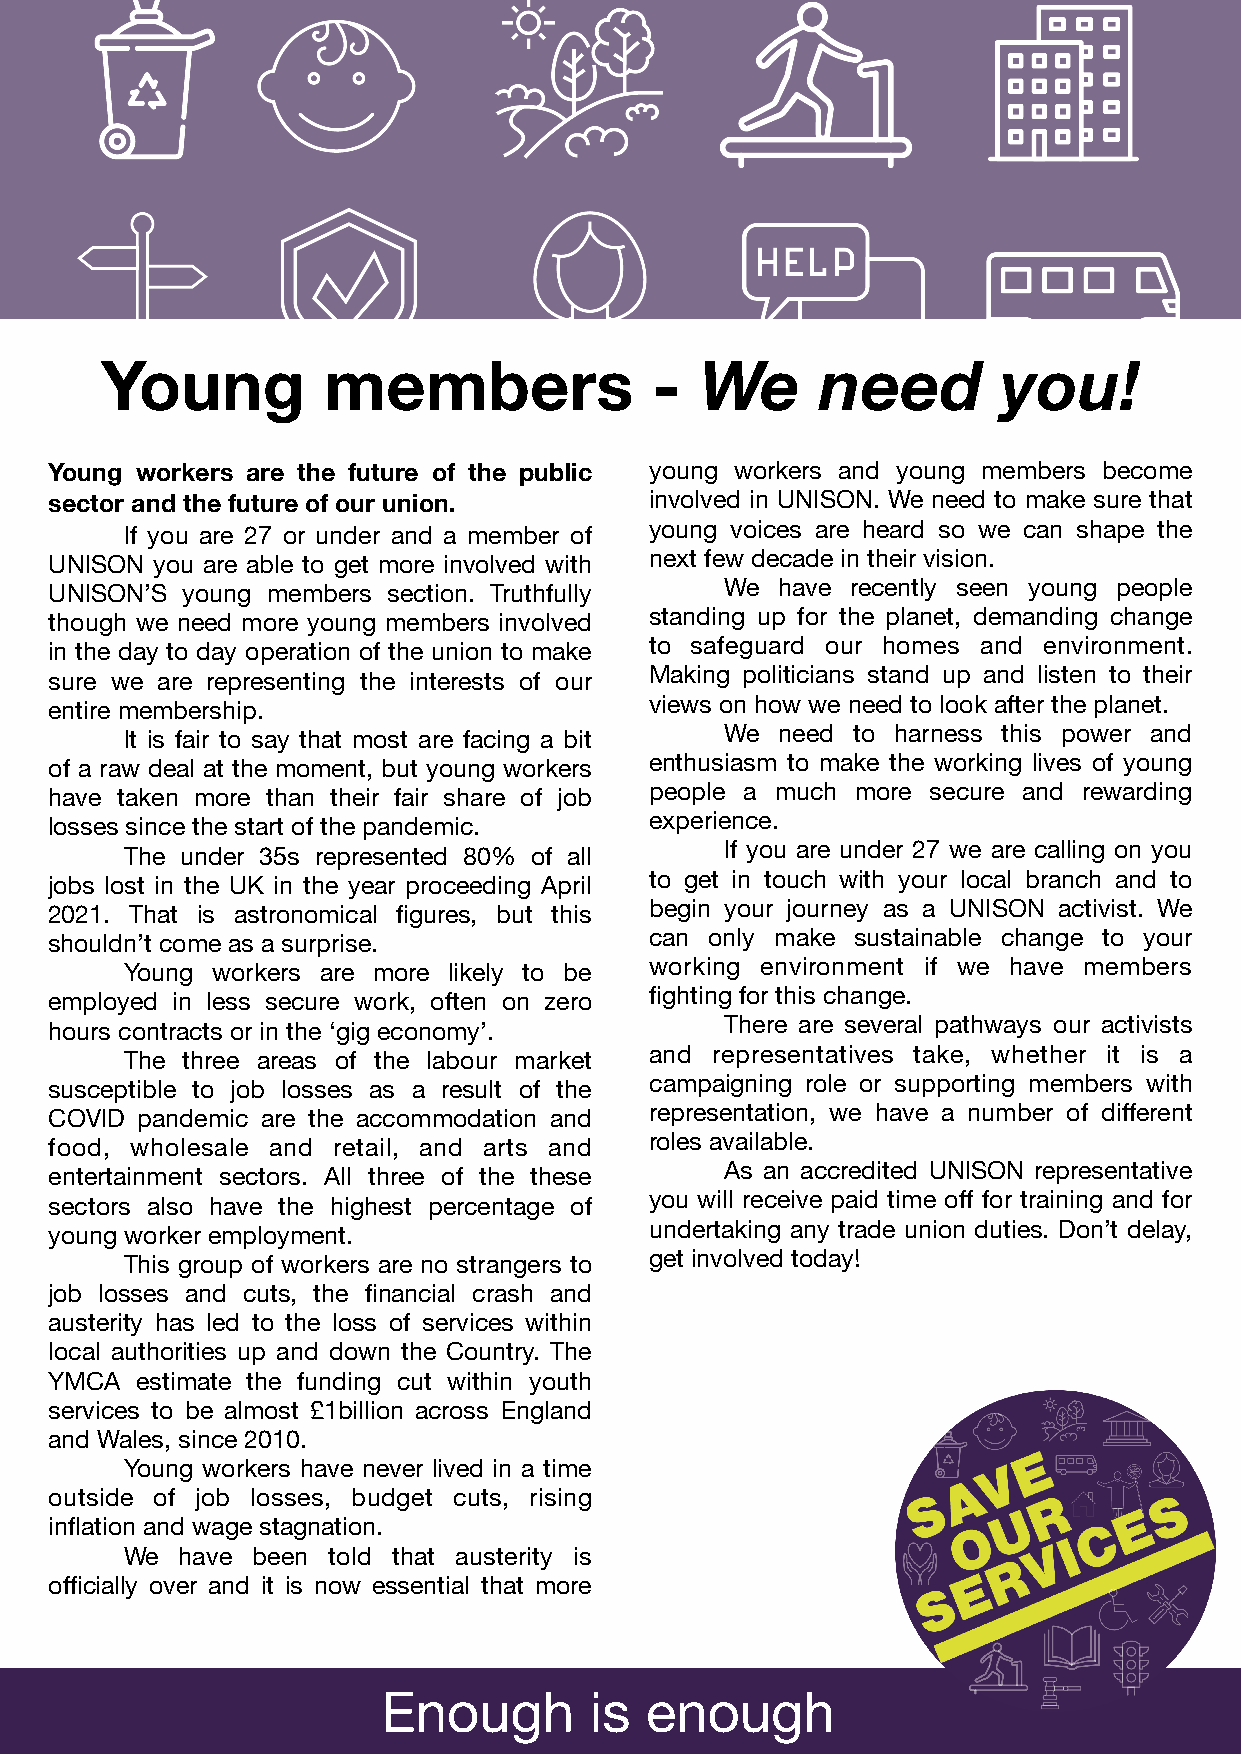
Young         members               -  We      need        you!
 Young workers are the future of the public young workers and young members become
 sector and the future of our union.     involved in UNISON. We need to make sure that
 If you are 27 or under and a member of young voices are heard so we can shape the
 UNISON you are able to get more involved with next few decade in their vision.
 UNISON’S young members section. Truthfully   We have recently seen young people
 though we need more young members involved standing up for the planet, demanding change
 in the day to day operation of the union to make to safeguard our homes and environment.
 sure we are representing the interests of our Making politicians stand up and listen to their
 entire membership.                      views on how we need to look after the planet.
 It is fair to say that most are facing a bit We need to harness this power and
 of a raw deal at the moment, but young workers enthusiasm to make the working lives of young
 have taken more than their fair share of job people a much more secure and rewarding
 losses since the start of the pandemic. experience.
 The under 35s represented 80% of all    If you are under 27 we are calling on you
 jobs lost in the UK in the year proceeding April to get in touch with your local branch and to
 2021. That is astronomical figures, but this begin your journey as a UNISON activist. We
 shouldn’t come as a surprise.           can only make sustainable change to your
 Young workers are more likely to be working environment if we have members
 employed in less secure work, often on zero fighting for this change.
 hours contracts or in the ‘gig economy’.     There are several pathways our activists
 The three areas of the labour market and representatives take, whether it is a
 susceptible to job losses as a result of the campaigning role or supporting members with
 COVID pandemic are the accommodation and representation, we have a number of different
 food, wholesale and retail, and arts and roles available.
 entertainment sectors. All three of the these As an accredited UNISON representative
 sectors also have the highest percentage of you will receive paid time off for training and for
 young worker employment.                undertaking any trade union duties. Don’t delay,
 This group of workers are no strangers to get involved today!
 job losses and cuts, the financial crash and
 austerity has led to the loss of services within
 local authorities up and down the Country. The
 YMCA  estimate the funding cut within youth
 services to be almost £1billion across England
 and Wales, since 2010.
 Young workers have never lived in a time
 outside of job losses, budget cuts, rising
 inflation and wage stagnation.
 We  have been told that austerity is
 officially over and it is now essential that more
 Enough        is  enough